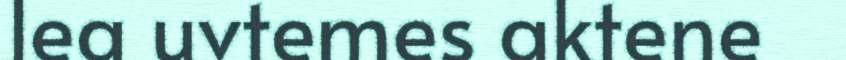
lea uvtemes aktene